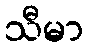
သီမာ